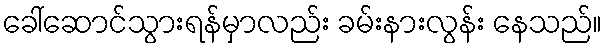
ခေါ်ဆောင်သွားရန်မှာလည်း ခမ်းနားလွန်း နေသည်။